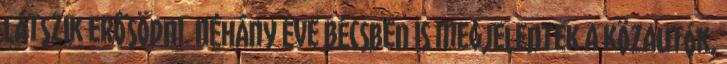
látszik erősödni. Néhány éve Bécsben is megjelentek a közautók,